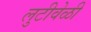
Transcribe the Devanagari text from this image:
लुटीवेळी